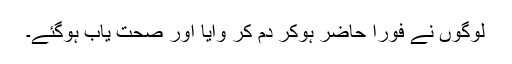
لوگوں نے فوراً حاضر ہوکر دم کر وایا اور صحت یاب ہوگئے۔